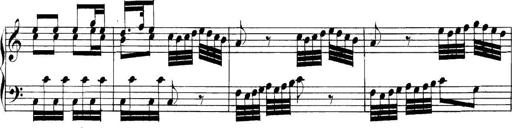
Title: Collected Piano Sonatas
Composer: Muzio Clementi